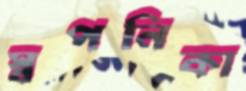
স্বপনিকা